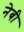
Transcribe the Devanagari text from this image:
नेबी